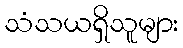
သံသယရှိသူများ